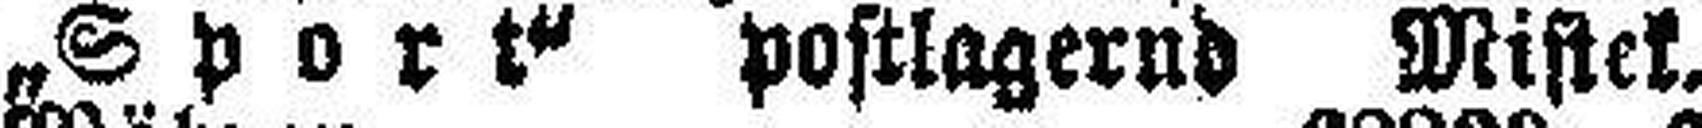
„Sport“ postlagernd Mistek.